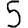
Digit: 5